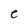
Character: e